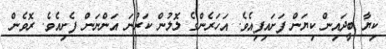
ކިޔާ ބީދައިން ކިޔަން ފަށައިފިއެވެ. އަހަރެންގެ ލޮލުން ކަރުނަ އަންނަން ފެށިއެވެ. ރޮވެން